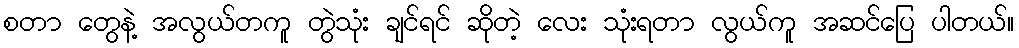
စတာ တွေနဲ့ အလွယ်တကူ တွဲသုံး ချင်ရင် ဆိုတဲ့ လေး သုံးရတာ လွယ်ကူ အဆင်ပြေ ပါတယ်။